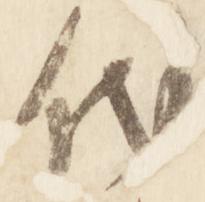
代